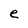
Character: e